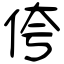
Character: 侉